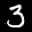
Label: 3